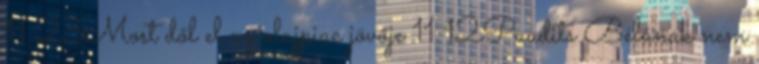
11:23Most dől el az olajpiac jövője 11:12Paudits Bélának nem